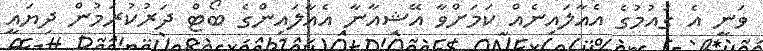
ވަނީ އެ ގައުމުގެ އެއާލައިނެއް ކަމަށްވާ އޭޝިއާނާ އެއާލައިންގެ ބޯޓް ދަރުކުރަމުން ދިޔައީ